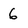
Character: 6